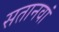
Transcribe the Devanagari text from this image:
सतानवां